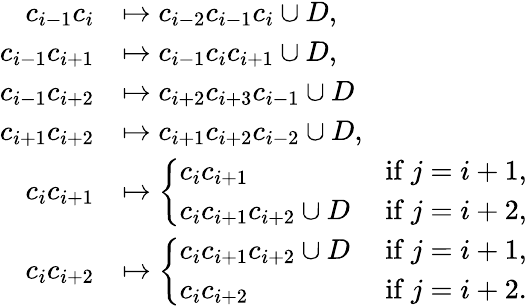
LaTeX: \begin{array}{rl}{c_{i-1}c_{i}}&{\mapsto c_{i-2}c_{i-1}c_{i}\cup D,}\\ {c_{i-1}c_{i+1}}&{\mapsto c_{i-1}c_{i}c_{i+1}\cup D,}\\ {c_{i-1}c_{i+2}}&{\mapsto c_{i+2}c_{i+3}c_{i-1}\cup D}\\ {c_{i+1}c_{i+2}}&{\mapsto c_{i+1}c_{i+2}c_{i-2}\cup D,}\\ {c_{i}c_{i+1}}&{\mapsto\left\{ \begin{array}{ll}{c_{i}c_{i+1}}&{\mathrm{~if~}j=i+1,}\\ {c_{i}c_{i+1}c_{i+2}\cup D}&{\mathrm{~if~}j=i+2,}\end{array}\right.}\\ {c_{i}c_{i+2}}&{\mapsto\left\{ \begin{array}{ll}{c_{i}c_{i+1}c_{i+2}\cup D}&{\mathrm{~if~}j=i+1,}\\ {c_{i}c_{i+2}}&{\mathrm{~if~}j=i+2.}\end{array}\right.}\end{array}